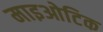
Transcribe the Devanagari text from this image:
माइओटिक